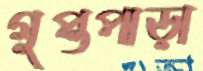
গুপ্তপাড়া